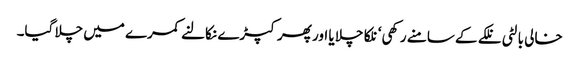
خالی بالٹی نلکے کے سامنے رکھی‘ نلکا چلا یا اور پھر کپڑے نکالنے کمرے میں چلا گیا۔